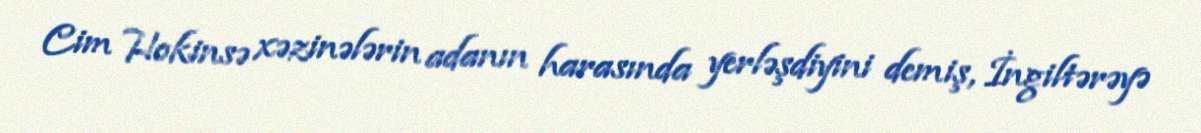
Cim Hokinsə xəzinələrin adanın harasında yerləşdiyini demiş, İngiltərəyə